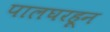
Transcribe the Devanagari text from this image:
पालघरहून